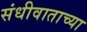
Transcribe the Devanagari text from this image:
संधीवाताच्या